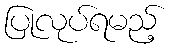
ပြုလုပ်ရမည့်